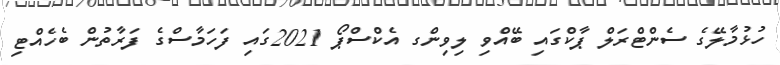
ހުޅުމާލޭގެ ސެންޓްރަލް ޕާކްގައި ބޭއްވި ލިވިންގ އެކްސްޕޯ 2021ގައި ފަހަމާސްގެ ފަރާތުން ބެހެއްޓި